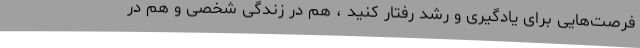
فرصت‌هایی برای یادگیری و رشد رفتار کنید ، هم در زندگی شخصی و هم در